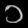
Digit: ၁